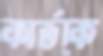
কার্ডকে